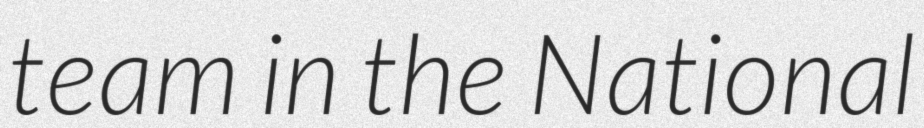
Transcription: team in the National